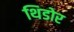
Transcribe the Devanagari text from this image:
थिडोर